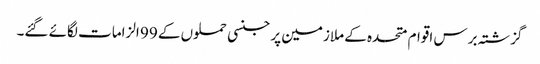
گزشتہ برس اقوام متحدہ کے ملازمین پر جنسی حملوں کے 99 الزامات لگائے گئے۔